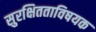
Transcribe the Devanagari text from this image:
सुरक्षितताविषयक